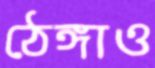
ঠেঙ্গাও